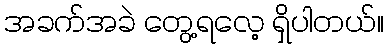
အခက်အခဲ တွေ့ရလေ့ ရှိပါတယ်။